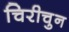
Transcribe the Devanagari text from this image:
चिरीचुन